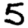
Digit: 5